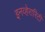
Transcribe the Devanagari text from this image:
इनव्हेरारिटी